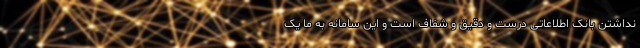
نداشتن بانک اطلاعاتی درست و دقیق و شفاف است و این سامانه به ما یک